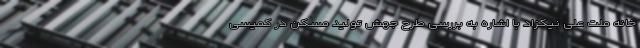
خانه ملت علی نیکزاد با اشاره به بررسی طرح جهش تولید مسکن در کمیسی